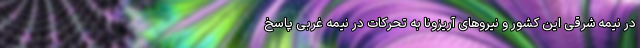
در نیمه شرقی این کشور و نیروهای آریزونا به تحرکات در نیمه غربی پاسخ